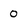
Character: 0